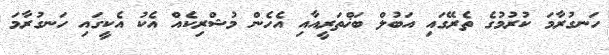
ހަނގުރާމަ ކުރުމުގެ ތެރޭގައި އަބުލް ބަޚްތަރީއާއި އެހެން މުޝްރިކެއް އެކު އެކީގައި ހަނގުރާމަ